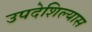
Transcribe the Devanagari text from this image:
उपदेशिल्यास